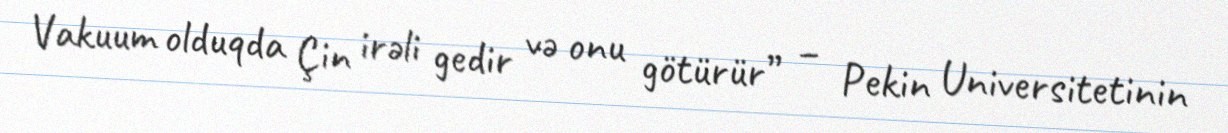
Vakuum olduqda Çin irəli gedir və onu götürür” – Pekin Universitetinin